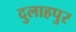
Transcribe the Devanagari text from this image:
दुलाहपुर